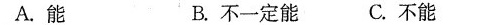
A.能 B.不一定能 C.不能